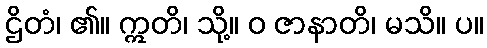
ဌိတံ၊ ၏။ ဣတိ၊ သို့။ ဝ ဇာနာတိ၊ မသိ။ ပ။